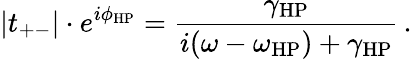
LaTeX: |t_{+-}|\cdot e^{i\phi_{\mathrm{HP}}}=\frac{\gamma_{\mathrm{HP}}}{i(\omega-\omega_{\mathrm{HP}})+\gamma_{\mathrm{HP}}}\, .